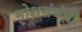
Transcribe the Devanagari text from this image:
मोक्षसंबंधी